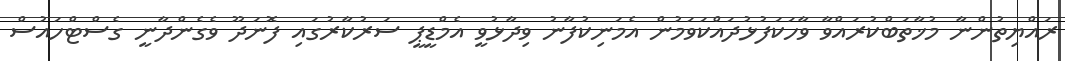
ރައްޔިތުންނާ މުޚާތަބްކުރައްވާ ވާހަކަފުޅުދައްކަވަމުން އެމަނިކުފާނު ވިދާޅުވީ އެމްޑީޕީ ސަރުކާރުގައި ފޮނަދޫ ވެގެންދާނީ ގެސްޓްހައުސް